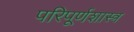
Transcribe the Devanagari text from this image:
परिपूर्णशास्त्र